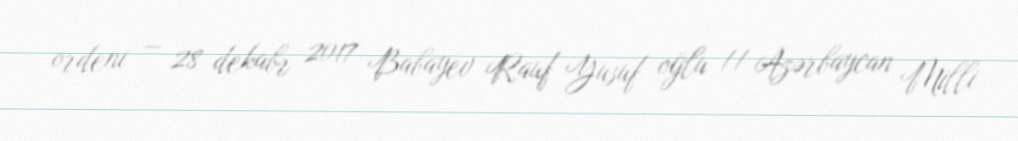
ordeni — 28 dekabr 2017 Babayev Rauf Yusuf oğlu // Azərbaycan Milli